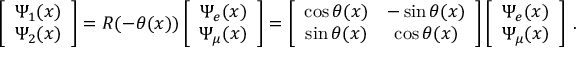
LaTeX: \left[ \begin{array} { c c } { { \Psi _ { 1 } ( x ) } } \\ { { \Psi _ { 2 } ( x ) } } \end{array} \right] = R ( - \theta ( x ) ) \left[ \begin{array} { c c } { { \Psi _ { e } ( x ) } } \\ { { \Psi _ { \mu } ( x ) } } \end{array} \right] = \left[ \begin{array} { c c } { { \cos { \theta ( x ) } } } & { { - \sin { \theta ( x ) } } } \\ { { \sin { \theta ( x ) } } } & { { \cos { \theta ( x ) } } } \end{array} \right] \left[ \begin{array} { c c } { { \Psi _ { e } ( x ) } } \\ { { \Psi _ { \mu } ( x ) } } \end{array} \right] \, .